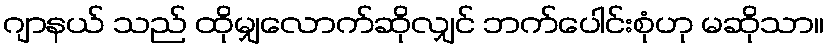
ဂျာနယ် သည် ထိုမျှလောက်ဆိုလျှင် ဘက်ပေါင်းစုံဟု မဆိုသာ။